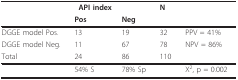
|  | API index |  | N |  |
 |  | Pos | Neg |  |  |
 | --- | --- | --- | --- | --- |
 | DGGE model Pos. | 13 | 19 | 32 | PPV = 41% |
 | DGGE model Neg. | 11 | 67 | 78 | NPV = 86% |
 | Total | 24 | 86 | 110 |  |
 |  | 54% S | 78% Sp |  | X2, p = 0.002 |